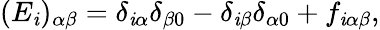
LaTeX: (E_{\mathit{i}})_{\alpha\beta}=\delta_{\mathit{i}\alpha}\delta_{\beta0}-\delta_{\mathit{i}\beta}\delta_{\alpha0}+f_{\mathit{i}\alpha\beta},